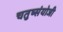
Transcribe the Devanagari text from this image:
चतुष्संयोजी